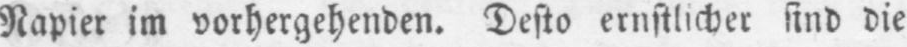
Napier im vorhergehenden. Desto ernstlicher sind die